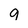
Character: 9